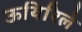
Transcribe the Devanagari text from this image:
ऊयिरिले